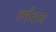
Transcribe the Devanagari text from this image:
वर्षवाद